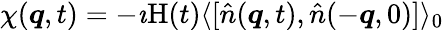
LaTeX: \chi(\boldsymbol{q},t)=-\imath\mathrm{H}(t)\langle[\hat{n}(\boldsymbol{q},t),\hat{n}(-\boldsymbol{q},0)]\rangle_{0}